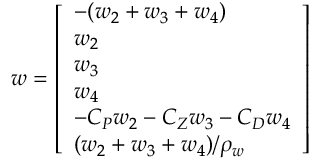
w = \left[ \begin{array} { l } { - ( w _ { 2 } + w _ { 3 } + w _ { 4 } ) } \\ { w _ { 2 } } \\ { w _ { 3 } } \\ { w _ { 4 } } \\ { - C _ { P } w _ { 2 } - C _ { Z } w _ { 3 } - C _ { D } w _ { 4 } } \\ { ( w _ { 2 } + w _ { 3 } + w _ { 4 } ) / \rho _ { w } } \end{array} \right]